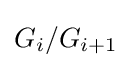
G_{i}/G_{i+1}